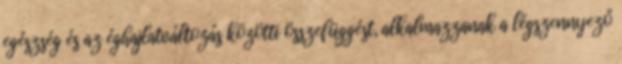
egészség és az éghajlatváltozás közötti összefüggést, alkalmazzanak a légszennyező